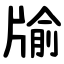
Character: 牏